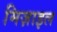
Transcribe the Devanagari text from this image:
मिज़ाइल